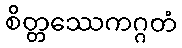
စိတ္တဿေကဂ္ဂတံ